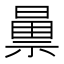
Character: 𫀝